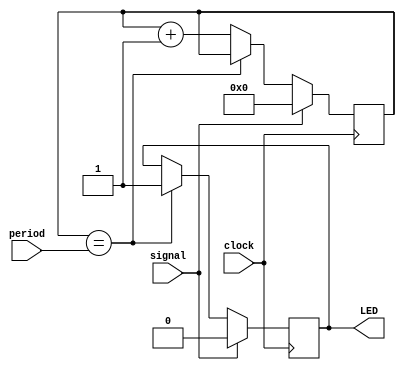
//
//  HPSDR - High Performance Software Defined Radio
//
//  BootLoader code. 
//
//  This program is free software; you can redistribute it and/or modify
//  it under the terms of the GNU General Public License as published by
//  the Free Software Foundation; either version 2 of the License, or
//  (at your option) any later version.
//
//  This program is distributed in the hope that it will be useful,
//  but WITHOUT ANY WARRANTY; without even the implied warranty of
//  MERCHANTABILITY or FITNESS FOR A PARTICULAR PURPOSE.  See the
//  GNU General Public License for more details.
//
//  You should have received a copy of the GNU General Public License
//  along with this program; if not, write to the Free Software
//  Foundation, Inc., 59 Temple Place, Suite 330, Boston, MA  02111-1307  USA


//  Led_flash - copyright 2010, 2011 Phil Harman VK6APH 

//////////////////////////////////////////////////////////////
//
//   Flash LED  
//
//////////////////////////////////////////////////////////////

//  Turn  LED on  whenever signal is high and then remain on
//  for 'period' seconds when it goes low


module Led_flash (clock, signal, LED, period);

input clock;
input signal;
output LED;
input [23:0]period;

reg [23:0]counter;
reg LED;

always @ (posedge clock)
begin
	if (signal) begin
		counter <= 0;
		LED <= 1'b0; // turn LED on whilst signal is high
		end
	else begin
	if (counter == period) begin
		LED <= 1'b1; // turn LED off when signal low after time period
		end
	else counter <= counter + 1'b1;
	end
end
endmodule